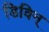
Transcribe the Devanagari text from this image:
डिविन्